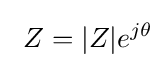
\ Z=|Z|e^{j\theta }